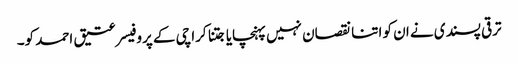
ترقی پسندی نے ان کو اتنا نقصان نہیں پہنچایا جتنا کراچی کے پروفیسر عتیق احمد کو۔